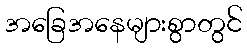
အခြေအနေများစွာတွင်